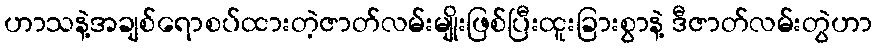
ဟာသနဲ့အချစ်ရောစပ်ထားတဲ့ဇာတ်လမ်းမျိုးဖြစ်ပြီးထူးခြားစွာနဲ့ ဒီဇာတ်လမ်းတွဲဟာ